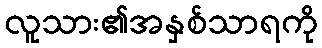
လူသား၏အနှစ်သာရကို